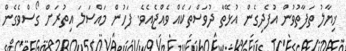
ޚިޔާލު ތަފާތުވުން އުފެދިގެން އުޅޭތާ ދުވަސްތަކެއް ވެއްޖެއެވެ. ފަހުން މައްސަލަ އިތުރަށް ގޯސްވެގެން